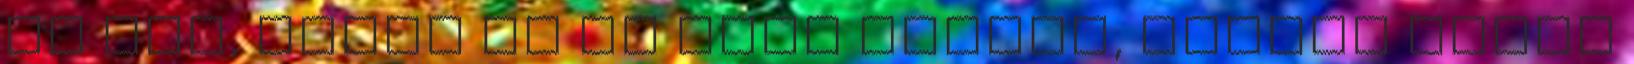
Ez van, nekem ez az élet jutott, tudtán kívül